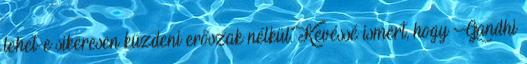
lehet-e sikeresen küzdeni erőszak nélkül. Kevéssé ismert, hogy Gandhi